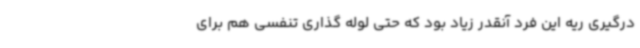
درگیری ریه این فرد آنقدر زیاد بود که حتی لوله گذاری تنفسی هم برای